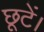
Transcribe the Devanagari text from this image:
छूटें।